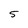
Character: 5